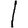
Digit: 1